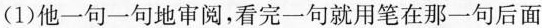
(1)他一句一句地审阅，看完一句就用笔在那一句后面